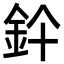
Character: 𨥞